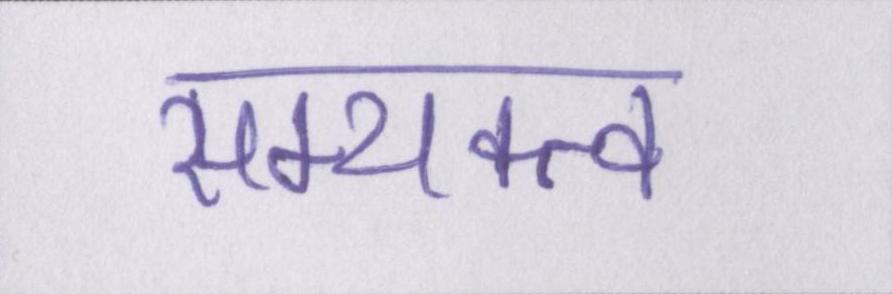
सम्यक्त्व